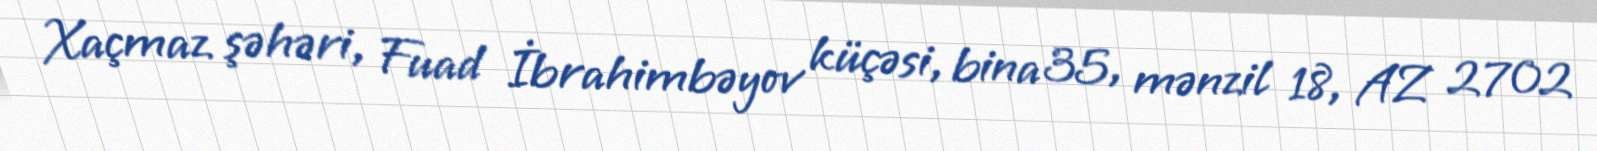
Xaçmaz şəhəri, Fuad İbrahimbəyov küçəsi, bina 35, mənzil 18, AZ 2702